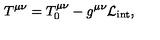
T ^ { \mu \nu } = T _ { 0 } ^ { \mu \nu } - g ^ { \mu \nu } \mathcal { L } _ { \mathrm { i n t } } ,